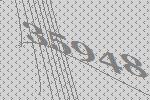
35948